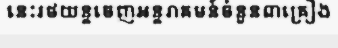
នេះរថយន្តចេញអន្តរាគមន៍ចំនួន៣គ្រឿង